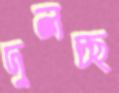
দুলচ্ছ